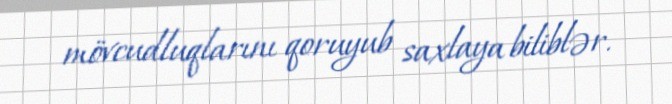
mövcudluqlarını qoruyub saxlaya biliblər.